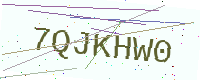
Text: 7QJKHW0